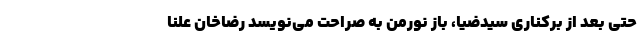
حتی بعد از برکناری سیدضیا، باز نورمن به صراحت می‌نویسد رضاخان علنا